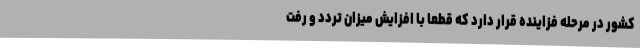
کشور در مرحله فزاینده قرار دارد که قطعا با افزایش میزان تردد و رفت